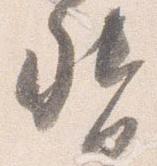
督